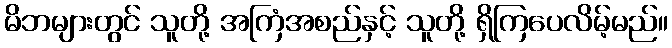
မိဘများတွင် သူတို့ အကြံအစည်နှင့် သူတို့ ရှိကြပေလိမ့်မည်။